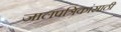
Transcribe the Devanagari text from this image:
जालपत्रिकांसाठी